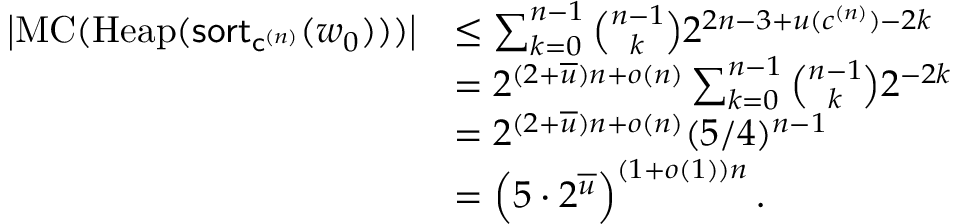
\begin{array} { r l } { \left\lvert \mathrm { M C } ( \mathrm { H e a p } ( \mathsf { s o r t } _ { \mathsf { c } ^ { ( n ) } } ( w _ { 0 } ) ) ) \right\rvert } & { \leq \sum _ { k = 0 } ^ { n - 1 } \binom { n - 1 } { k } 2 ^ { 2 n - 3 + u ( c ^ { ( n ) } ) - 2 k } } \\ & { = 2 ^ { ( 2 + \overline { { u } } ) n + o ( n ) } \sum _ { k = 0 } ^ { n - 1 } \binom { n - 1 } { k } 2 ^ { - 2 k } } \\ & { = 2 ^ { ( 2 + \overline { { u } } ) n + o ( n ) } ( 5 / 4 ) ^ { n - 1 } } \\ & { = \left( 5 \cdot 2 ^ { \overline { u } } \right) ^ { ( 1 + o ( 1 ) ) n } . } \end{array}